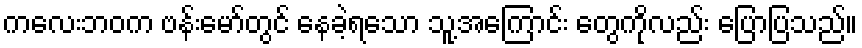
ကလေးဘဝက ဗန်းမော်တွင် နေခဲ့ရသော သူ့အကြောင်း တွေကိုလည်း ပြောပြသည်။